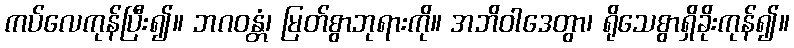
ကပ်လေကုန်ပြီး၍။ ဘဂဝန္တံ၊ မြတ်စွာဘုရားကို။ အဘိဝါဒေတွာ၊ ရိုသေစွာရှိခိုးကုန်၍။